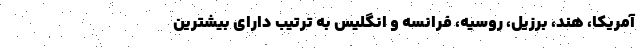
آمریکا، هند، برزیل، روسیه، فرانسه و انگلیس به ترتیب دارای بیشترین